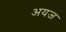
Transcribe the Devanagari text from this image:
अयज